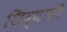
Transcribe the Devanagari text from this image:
शिंद्याची